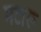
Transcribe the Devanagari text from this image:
मटारू